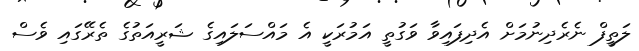
ލަތީފް ނެރެދިނުމަށް އެދިފައިވާ ވަގުތީ އަމުރަކީ އެ މައްސަލައިގެ ޝަރީއަތުގެ ތެރޭގައި ވެސް